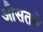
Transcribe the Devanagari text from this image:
औसतमे